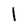
Character: I